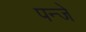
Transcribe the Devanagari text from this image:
पन्जे